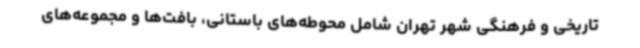
تاریخی و فرهنگی شهر تهران شامل محوطه‌های باستانی، بافت‌ها و مجموعه‌های